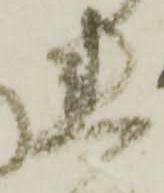
れ